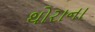
થોરાના